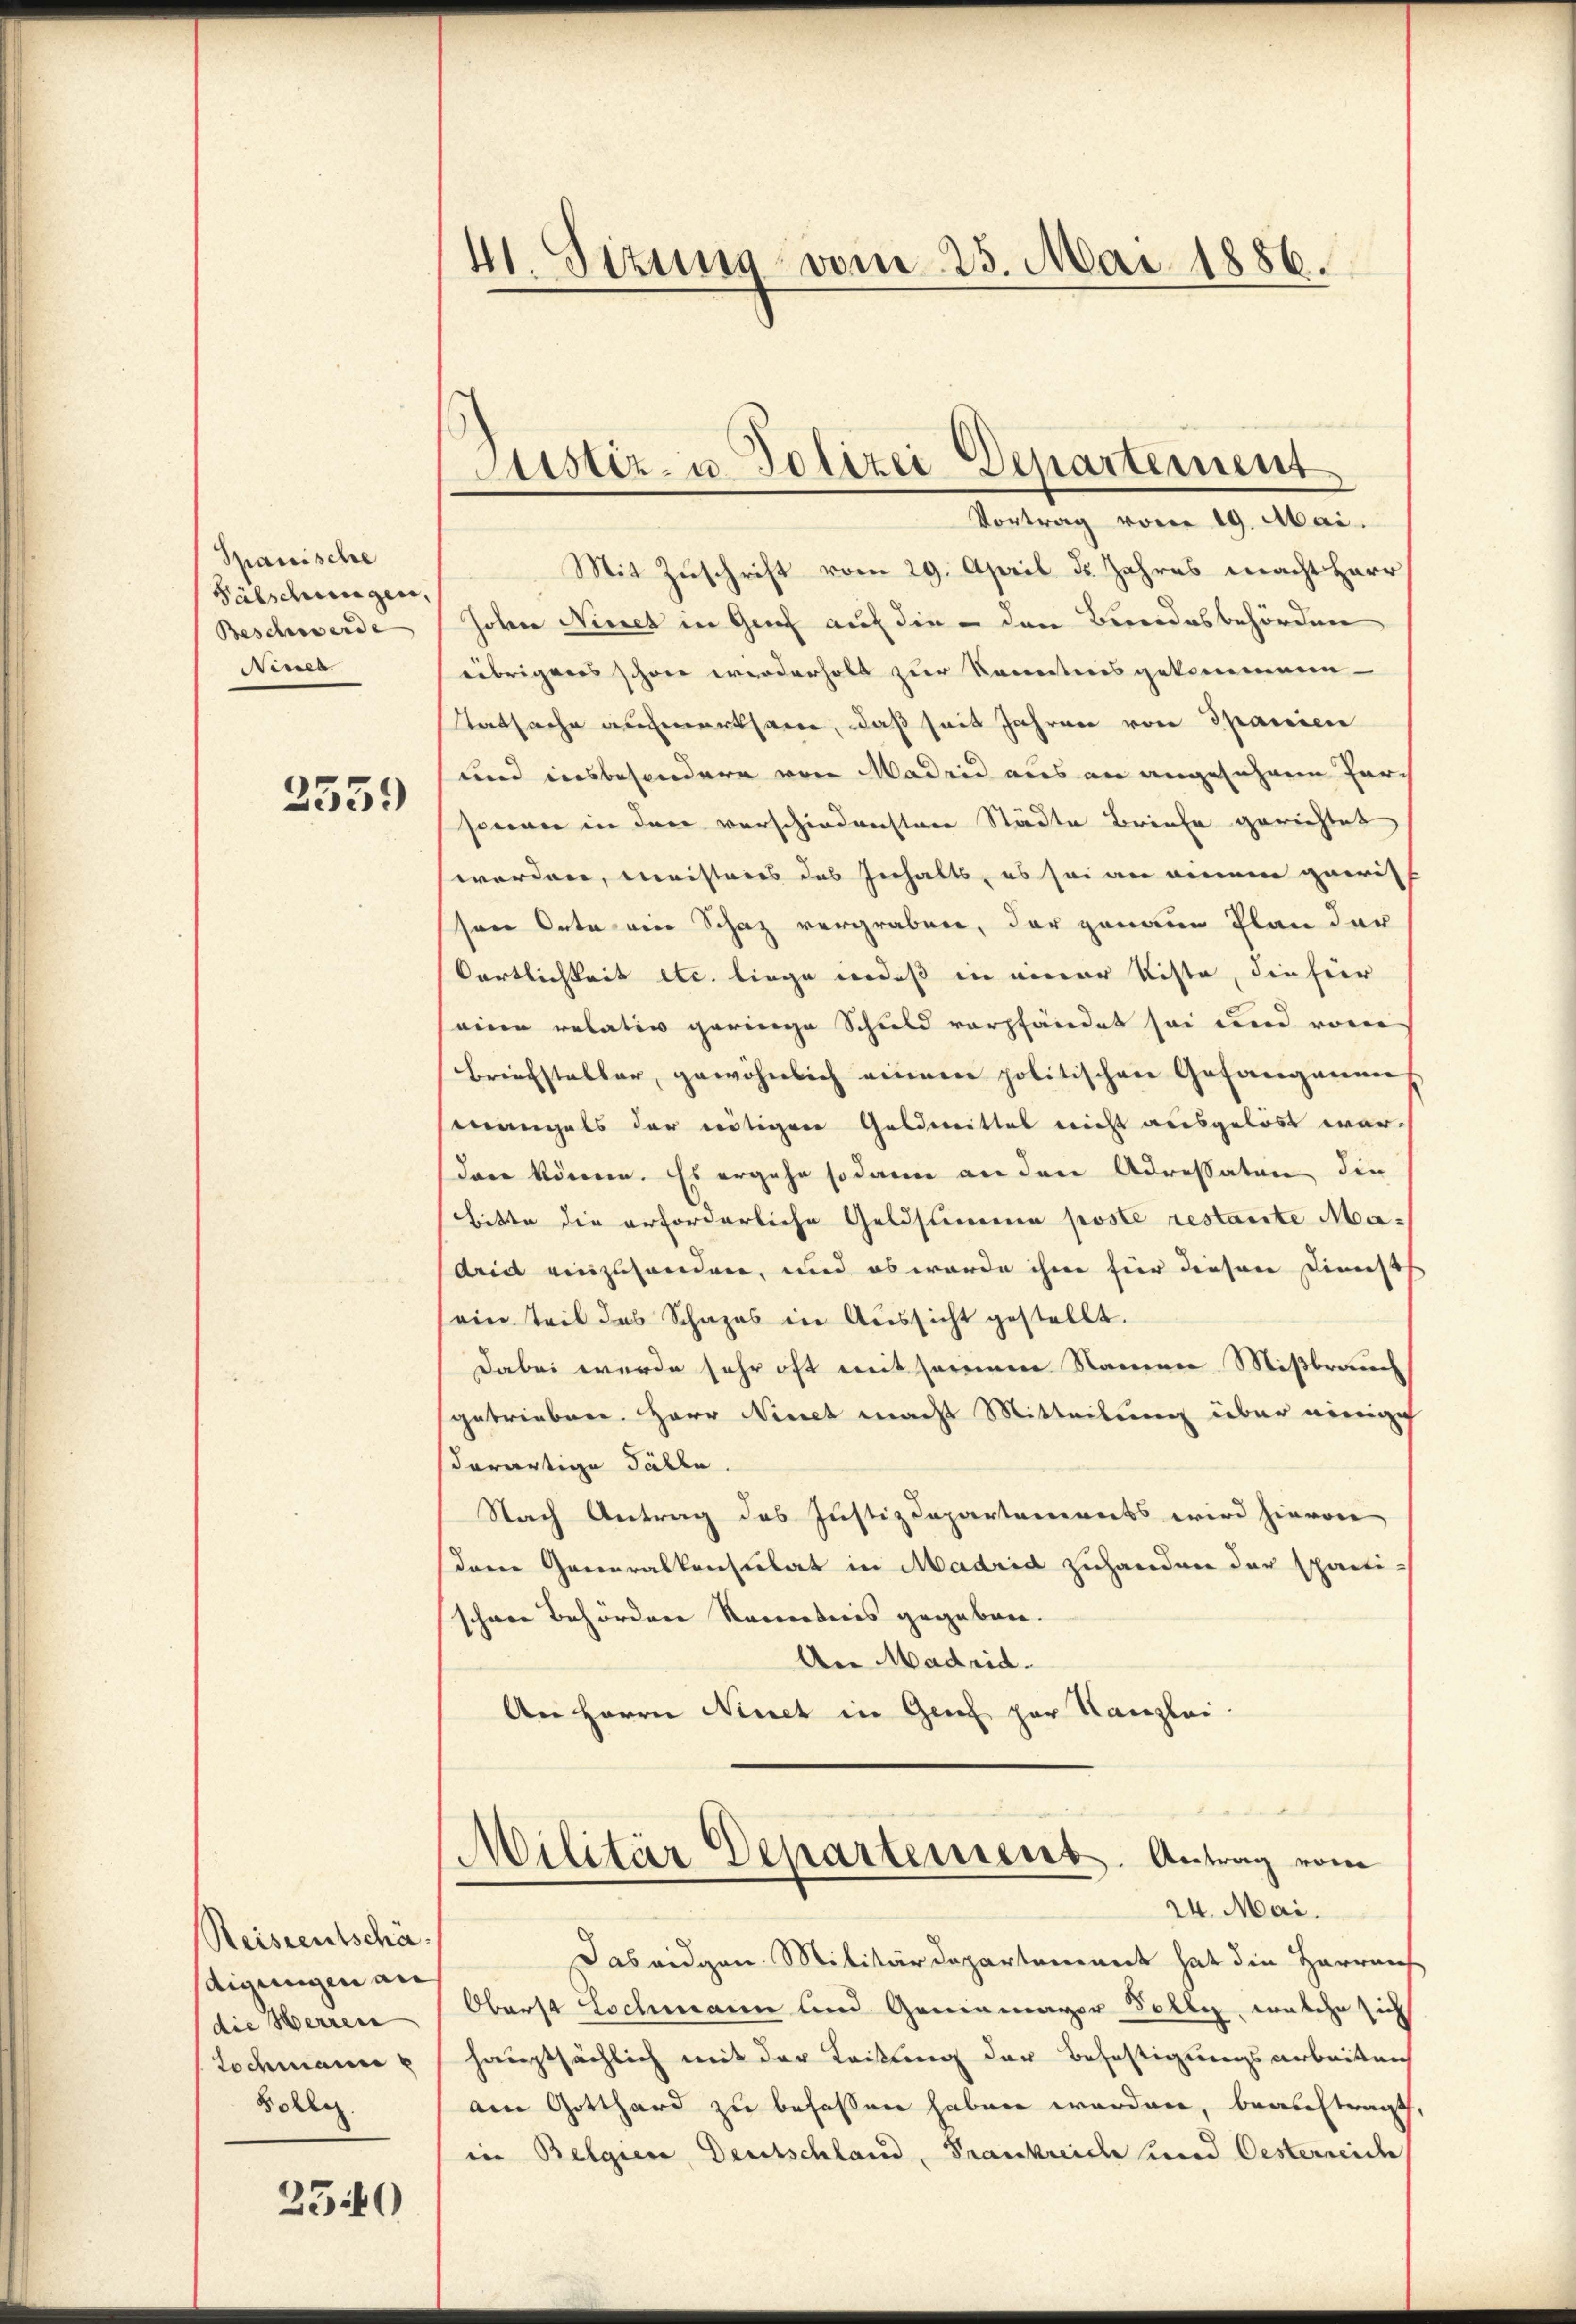
Spanische
Fälschungen,
Beschwerde
Nivel

3559

Reiseentschä¬
Aigungen an
die Herren
Lochmann
Bohlen.

2540

41. Sizung vom 25. Mai 1886.

Vortrag vom 19. Mai.
Mit Zuschrift vom 29. April d. Jahres macht Herr
Joka Nicet in Graf auf die - den Bundesbehörden
übrigeres schon werderholt zur Kenntnis gekommenn
Tatsache aufmerksame, daß seit Jahren von Spanien
und insbesondere von Madrid aus an angesehen Her
sonner in der vorschiedenstere Städte Briefe gerichtet
worden, meistries das Inhalts, es sei an einem garisen Orte am Schaz vergraben, der genaue Plan der
örtlichkeit etc. liege redes in einer Kiste, die hier
eine relativ geringe Schuld verpfändet sei und vom
Briefsteller, gewöhnlich einer politischen Gefangenen
mangels der nötigen Geldmittes nicht ausgelöst wardare können. Es ergehe sodann an den Adressaten die
Bitte die erforderliche Geldsumme poste restante Ma-
Arid einzuhanden, und ob worde ihm für diesen Dienst
ein Teil das Schazes in Aussicht gestellt.
Dabei werde sehr oft mit seinem Namen Mißbrauch
sgetrieben. Herr Ninet macht Mitteilung über einige
derartige Fälle.
Nach Antrag des Justizdepartements wird hievon
dare Generalkonsulat in Madrid zuhanden der spanischene Behörden kanntnis gegeben.
An Madrid.
An Herrn Ninet in Genf par Kanzlei.

Justiz- u. Polizei Departement

Das eidgen. Militärdepartement hat die Herreich
Oberst Lochmann und Genermager Tolle, welche sich
hauptsächlich mit der Leitung der Befestigungsarbeiten
am Gotthard zu befassen haben werden, beauftragt,
in Belgien Deutschland, Frankreide und Oesterreich

1
Militär Departement. Antrag vom
24. Mai.